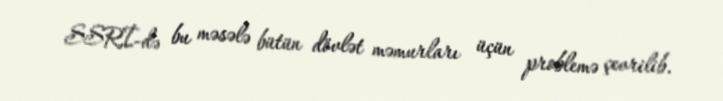
SSRİ-də bu məsələ bütün dövlət məmurları üçün problemə çevrilib.